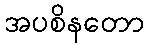
အပစိနတော